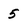
Character: 5